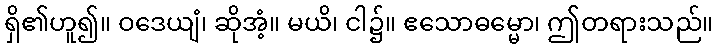
ရှိ၏ဟူ၍။ ဝဒေယျံ၊ ဆိုအံ့။ မယိ၊ ငါ၌။ ဧသောဓမ္မော၊ ဤတရားသည်။